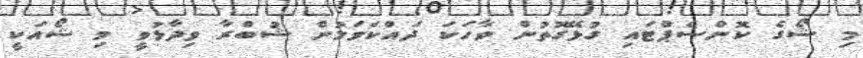
މި ޝޯގެ ކޮންސެޕްޓައި ގުޅޭގޮތުން ވާހަކަ ދައްކަވަމުން ޝުބްރާ ވިދާޅުވީ މި ޝޯއަކީ